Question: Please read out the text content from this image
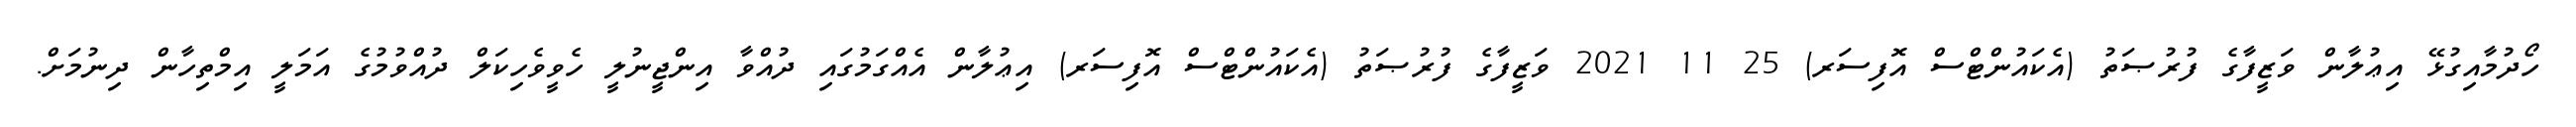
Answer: ހޯދުމާއިގުޅޭ އިޢުލާން ވަޒީފާގެ ފުރުޞަތު (އެކައުންޓްސް އޮފިސަރ) 25 11 2021 ވަޒީފާގެ ފުރުޞަތު (އެކައުންޓްސް އޮފިސަރ) އިޢުލާން އެއްގަމުގައި ދުއްވާ އިންޖީނުލީ ހެވީވެހިކަލް ދުއްވުމުގެ އަމަލީ އިމްތިހާން ދިނުމަށް.